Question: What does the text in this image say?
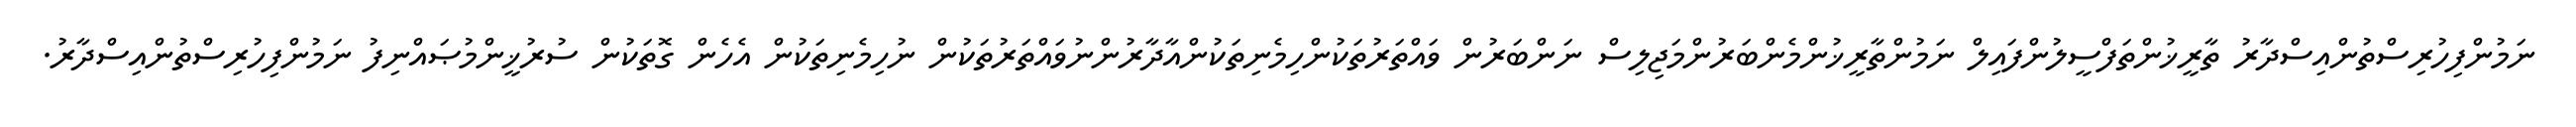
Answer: ނަމުންފިހުރިސްތުންއިސްދާރު ތާރީޚުންތަފްސީލުންފައިލް ނަމުންތާރީޚުންމެންބަރުންމަޖިލިސް ނަންބަރުން ވައްތަރުތަކުންހިމެނިތަކުންއާދާރުންނުވައްތަރުތަކުން ނުހިމެނިތަކުން އެހެން ގޮތަކުން ސުރުޚީންމުޞައްނިފު ނަމުންފިހުރިސްތުންއިސްދާރު.